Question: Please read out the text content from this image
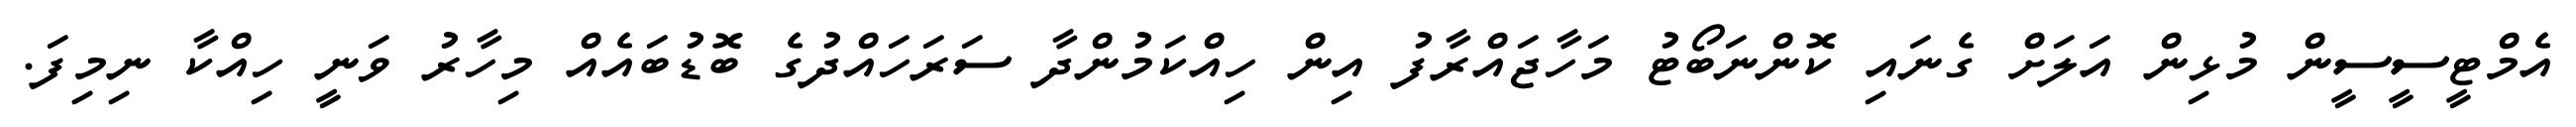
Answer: އެމްޓީސީސީން މުޅިން އަލަށް ގެނައި ކޮންނަބޯޓު މަހާޖައްރާފު އިން ހިއްކަމުންދާ ސަރަހައްދުގެ ބޮޑުބައެއް މިހާރު ވަނީ ހިއްކާ ނިމިފަ.